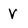
Character: V